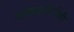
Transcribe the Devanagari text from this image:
लोकप्रतिनीधी